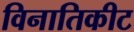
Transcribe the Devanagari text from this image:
विनातिकीट